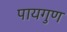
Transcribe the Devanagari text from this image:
पायगुण